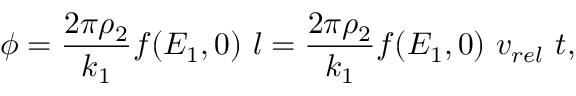
\phi = \frac { 2 \pi \rho _ { 2 } } { k _ { 1 } } f ( E _ { 1 } , 0 ) ~ l = \frac { 2 \pi \rho _ { 2 } } { k _ { 1 } } f ( E _ { 1 } , 0 ) ~ v _ { r e l } ~ t ,